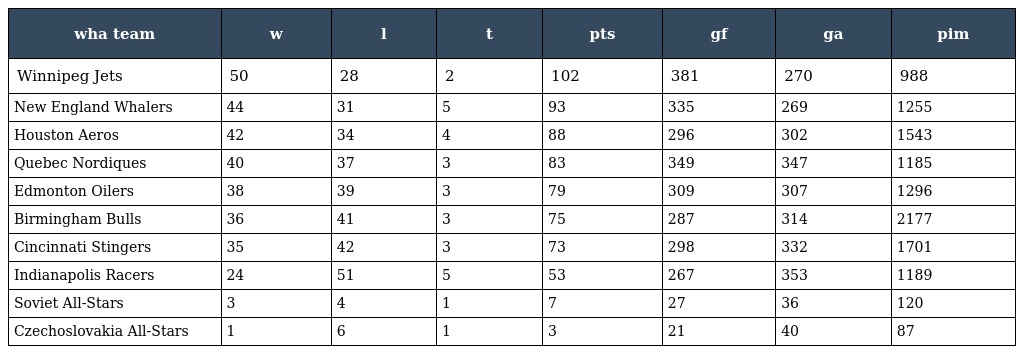
| wha team | w | l | t | pts | gf | ga | pim |
 | --- | --- | --- | --- | --- | --- | --- | --- |
 | Winnipeg Jets | 50 | 28 | 2 | 102 | 381 | 270 | 988 |
 | New England Whalers | 44 | 31 | 5 | 93 | 335 | 269 | 1255 |
 | Houston Aeros | 42 | 34 | 4 | 88 | 296 | 302 | 1543 |
 | Quebec Nordiques | 40 | 37 | 3 | 83 | 349 | 347 | 1185 |
 | Edmonton Oilers | 38 | 39 | 3 | 79 | 309 | 307 | 1296 |
 | Birmingham Bulls | 36 | 41 | 3 | 75 | 287 | 314 | 2177 |
 | Cincinnati Stingers | 35 | 42 | 3 | 73 | 298 | 332 | 1701 |
 | Indianapolis Racers | 24 | 51 | 5 | 53 | 267 | 353 | 1189 |
 | Soviet All-Stars | 3 | 4 | 1 | 7 | 27 | 36 | 120 |
 | Czechoslovakia All-Stars | 1 | 6 | 1 | 3 | 21 | 40 | 87 |